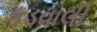
કડવાલી